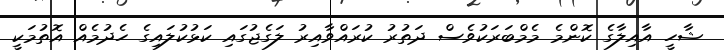
ޝާހީ އާއިލާގެ ކޮންމެ މެމްބަރަކުވެސް ދަތުރު ކުރައްވާއިރު ލަގެޖުގައި ކަޅުކުލައިގެ ހެދުމެއް އޮތުމަކީ